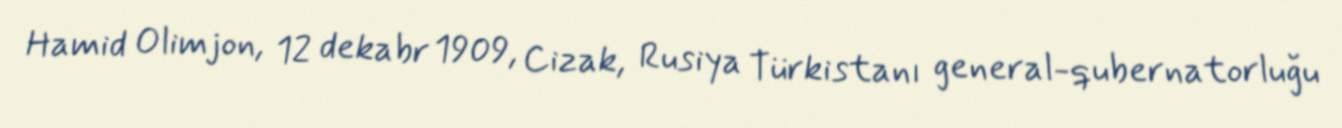
Hamid Olimjon, 12 dekabr 1909, Cizak, Rusiya Türkistanı general-qubernatorluğu